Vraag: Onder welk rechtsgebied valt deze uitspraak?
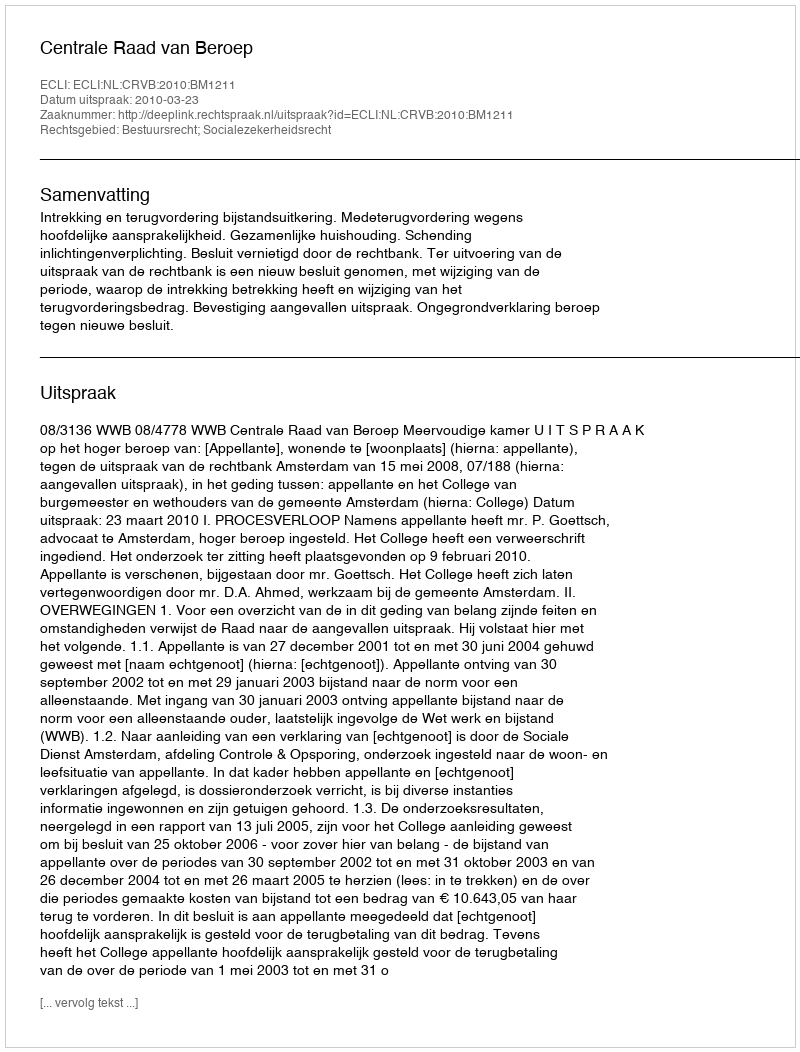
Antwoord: Bestuursrecht; Socialezekerheidsrecht